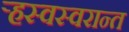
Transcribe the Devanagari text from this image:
ऱ्हस्वस्वरान्त